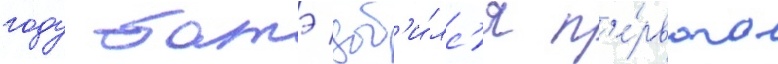
году батэ доб'и́лс'я п'е́рвого